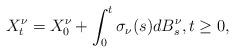
LaTeX: \begin{align*}X^\nu_t=X^\nu_0+\int_0^t\sigma_\nu(s)dB^\nu_s,t\geq0,\end{align*}